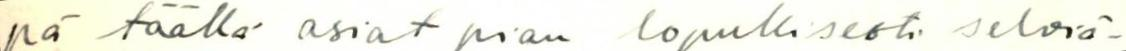
pä täällä asiat pian lopullisesti selviä-